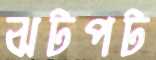
ঝটপট